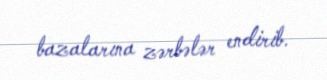
bazalarına zərbələr endirib.